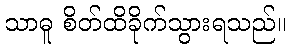
သာဓူ စိတ်ထိခိုက်သွားရသည်။